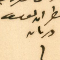
المطران يوسف دريان